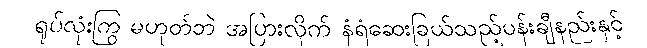
ရုပ်လုံးကြွ မဟုတ်ဘဲ အပြားလိုက် နံရံဆေးခြယ်သည့်ပန်းချီနည်းနှင့်